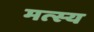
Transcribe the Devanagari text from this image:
मत्स्‍य